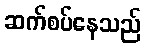
ဆက်စပ်နေသည်